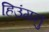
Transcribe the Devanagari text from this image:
हिउंगनु